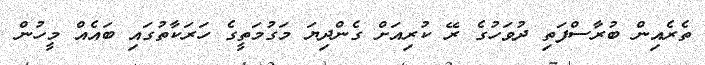
ތެރެއިން ބުރާސްފަތި ދުވަހުގެ ރޭ ކުރިއަށް ގެންދިޔަ މަގުމަތީގެ ހަރަކާތުގައި ބައެއް މީހުން